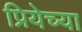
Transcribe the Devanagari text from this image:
प्रियेच्या